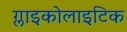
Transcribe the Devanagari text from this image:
ग्लाइकोलाइटिक